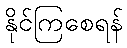
နိုင်ကြစေရန်